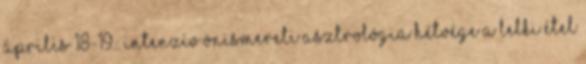
Április 18-19.: Intenzív önismereti asztrológia hétvége A lelki étel